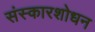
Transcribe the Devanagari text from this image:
संस्कारशोधन